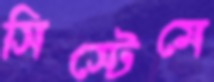
সিস্টেমে